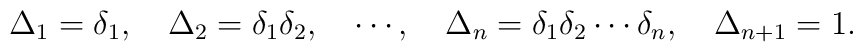
\Delta_1 = \delta_1, \quad \Delta_2 = \delta_1 \delta_2, \quad \cdots, \quad \Delta_n = \delta_1 \delta_2 \cdots \delta_n, \quad \Delta_{n+1} = 1.